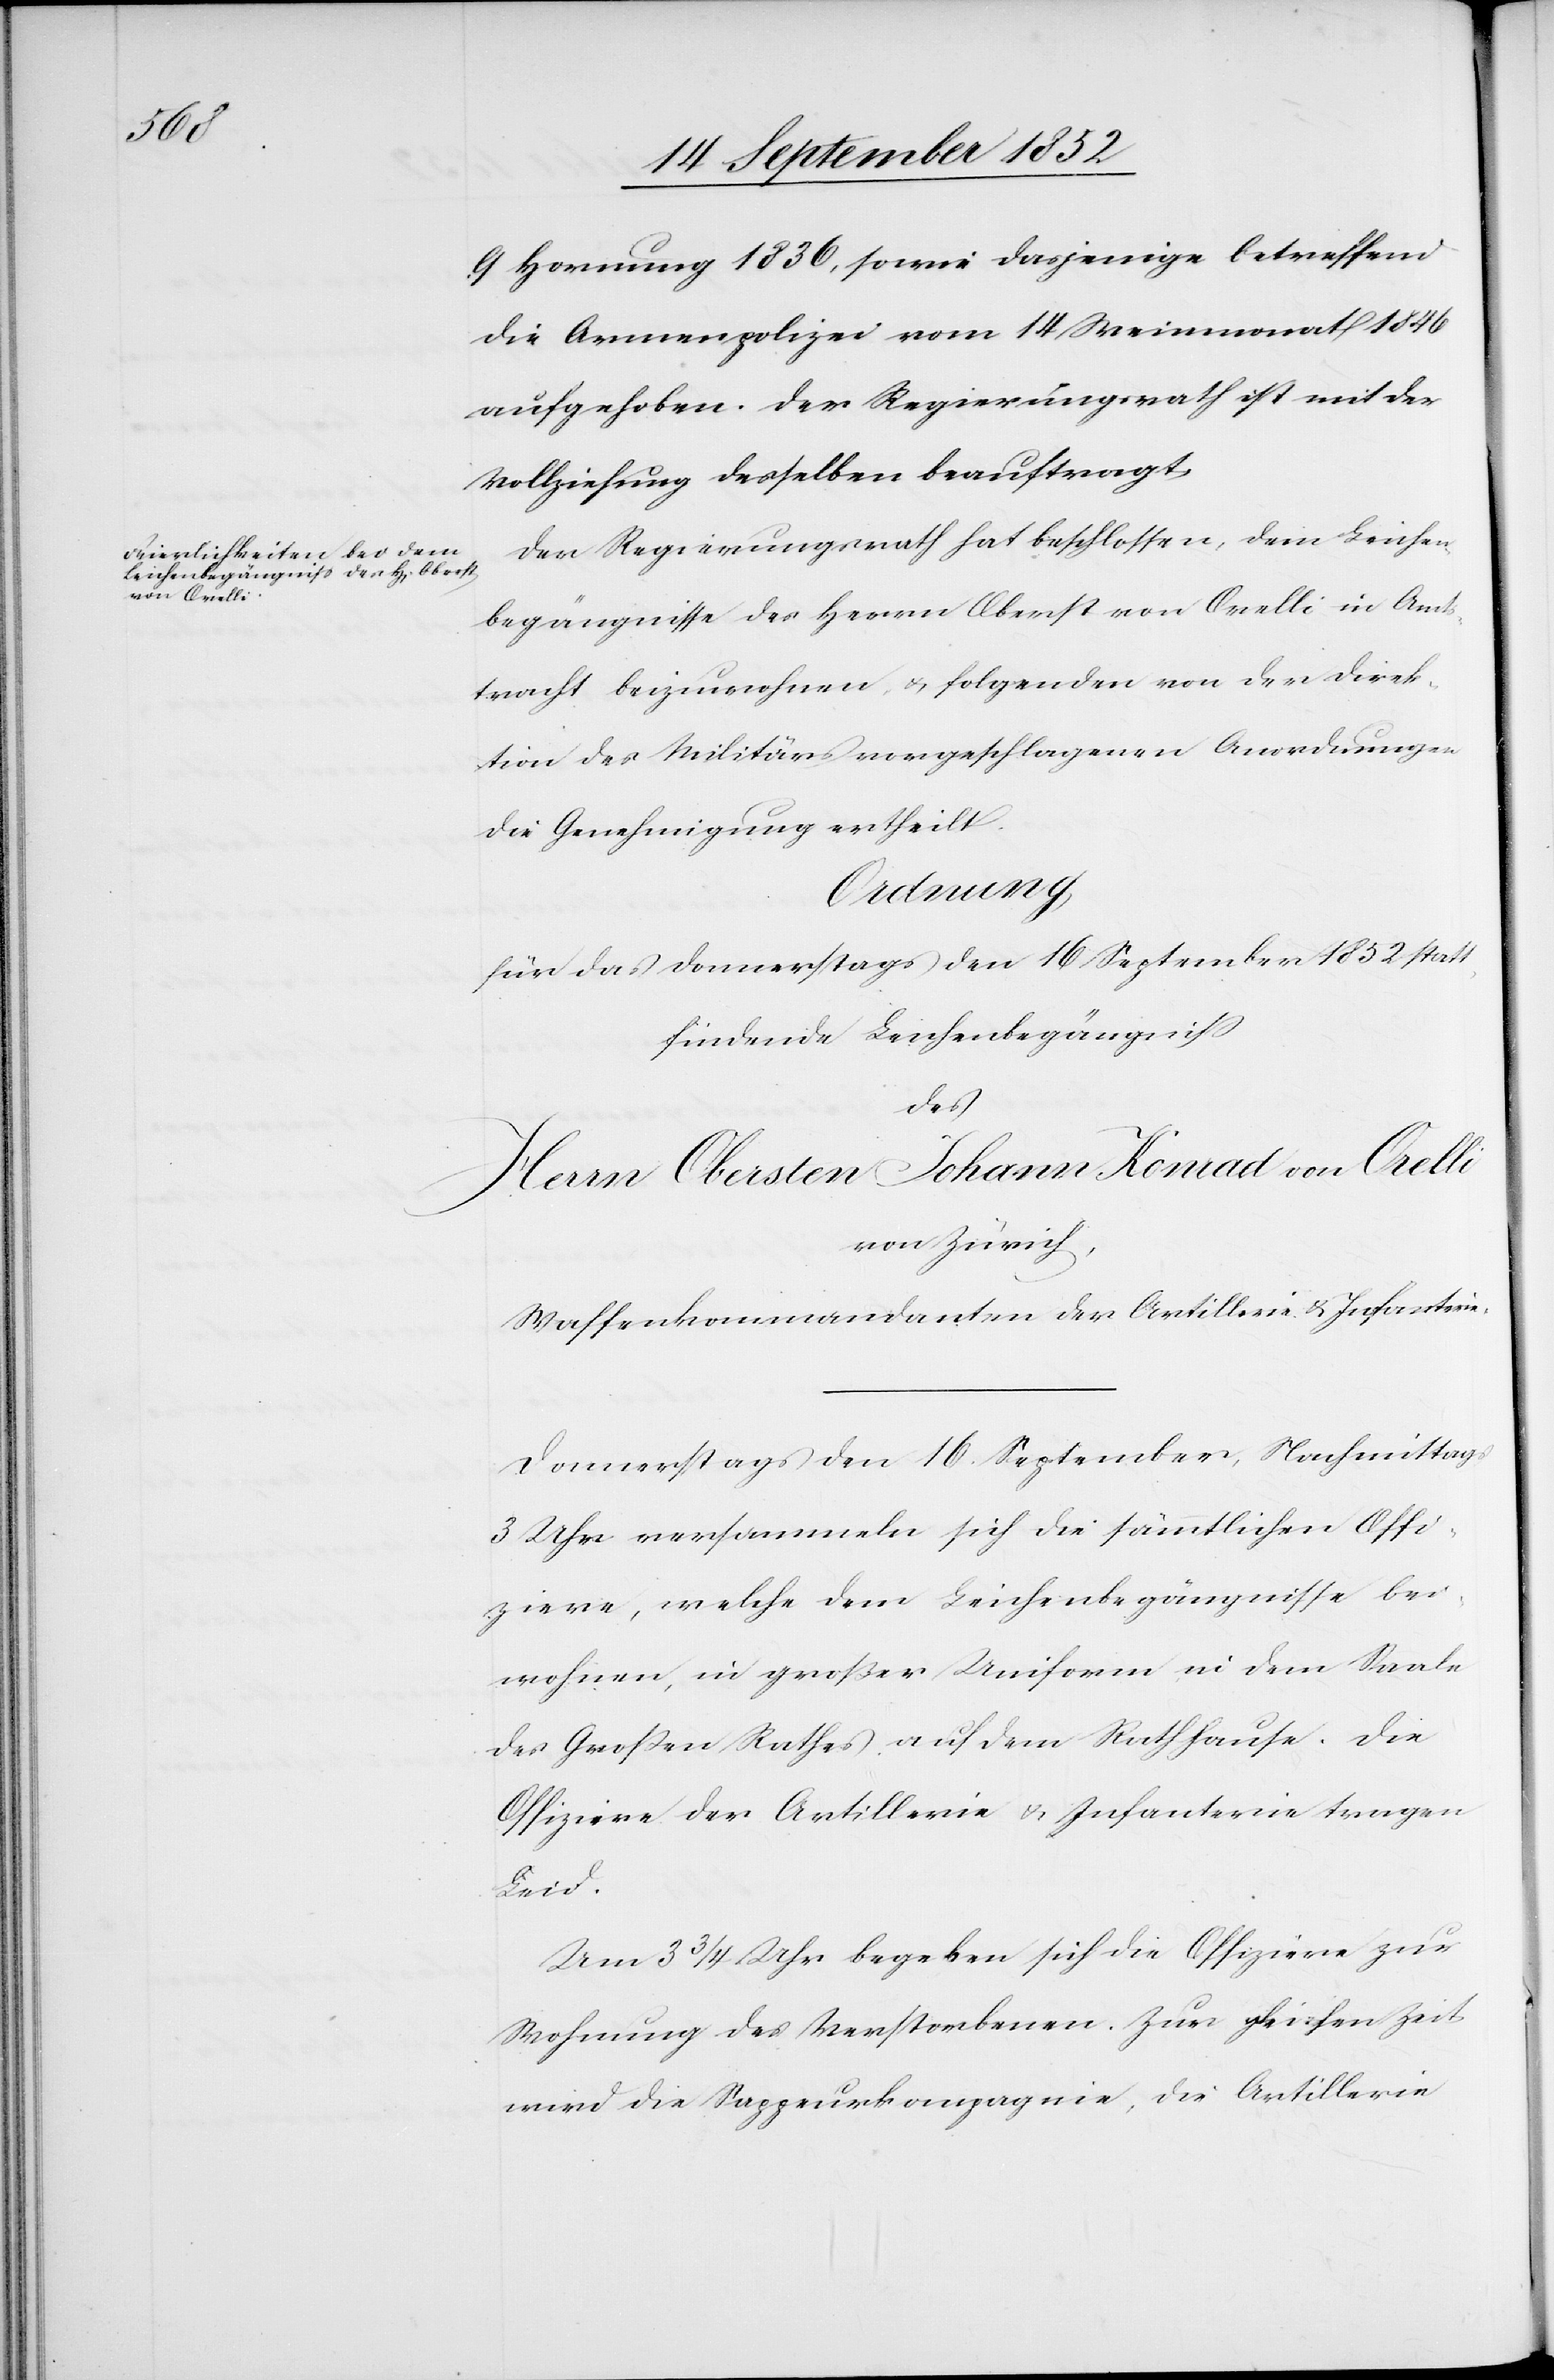
9 Hornung 1836, sowie dasjenige betreffend
die Armenpolizei vom 14 Weinmonat 1846
aufgehoben. Der Regierungsrath ist mit der
Vollziehung desselben beauftragt.
Der Regierungsrath hat beschlossen, dem Leichen¬
begängnisse des Herrn Oberst von Orelli in Amt¬
stracht beizuwohnen, & folgenden von der Direk¬
tion des Militärs vorgeschlagenen Anordnungen
die Genehmigung ertheilt.
_______
für das Donnerstags den 16 September 1852 statt¬
findende Leichenbegängniss
des
Herrn Obersten Johann Konrad von Orelli
von Zürich
Waffenkommandanten der Artillerie & Infanterie.
Donnerstags den 16. September, Nachmittags
3 Uhr versammeln sich die sämmtlichen Offi¬
ziere, welche dem Leichenbegängnisse bei¬
wohnen, in großer Uniform in dem Saale
des Großen Rathes auf dem Rathhause. Die
Offiziere der Artillerie & Infanterie tragen
Leid.
Um 3 3/4 Uhr begeben sich die Offiziere zur
Wohnung des Verstorbenen. Zur gleichen Zeit
wird die Sappeurkompagnie, die Artillerie